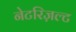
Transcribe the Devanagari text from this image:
नेटरिज़ल्ट